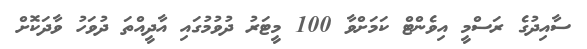
ސާއިދުގެ ރަސްމީ އިވެންޓް ކަމަށްވާ 100 މީޓަރު ދުވުމުގައި އާދީއްތަ ދުވަހު ވާދަކޮށް